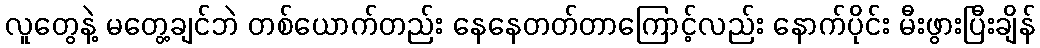
လူတွေနဲ့ မတွေ့ချင်ဘဲ တစ်ယောက်တည်း နေနေတတ်တာကြောင့်လည်း နောက်ပိုင်း မီးဖွားပြီးချိန်